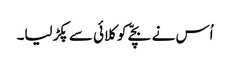
اُس نے بچّے کو کلائی سے پکڑ لیا۔